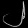
Digit: ၂